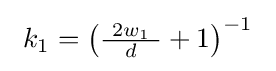
{\textstyle \ k_{1}=\left({\tfrac {\ 2w_{1}\ }{d}}+1\right)^{-1}\ }